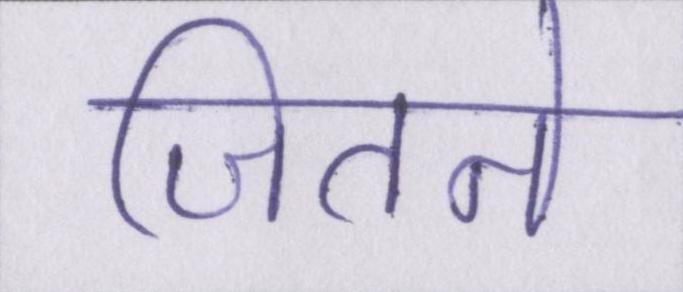
जितने